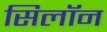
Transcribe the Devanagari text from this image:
सिलॉन